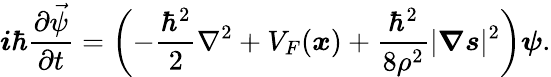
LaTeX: \boldsymbol{i}\hbar\frac{\partial\vec{\psi}}{\partial t}=\left(-\frac{\hbar^{2}}{2}\nabla^{2}+V_{F}(\boldsymbol{x})+\frac{\hbar^{2}}{8\rho^{2}}|\boldsymbol{\nabla}\boldsymbol{s}|^{2}\right)\boldsymbol{\psi}.